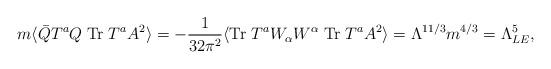
LaTeX: \begin{align*}m \langle \bar{Q}T^aQ \;{\rm Tr}\; T^a A^2 \rangle =-\frac{1}{32\pi^2} \langle {\rm Tr}\; T^a W_{\alpha}W^{\alpha} \;{\rm Tr}\; T^a A^2 \rangle = \Lambda^{11/3} m^{4/3} = \Lambda_{LE}^5,\end{align*}